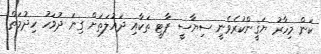
ކަން މިހާރު ޔަޤީންކުރެވެނީ ސިޔާސީ ޕާޓީ ތަކާއި ދައުލަތަށް ގިނަ ދުވަހު ހިދުމަތް